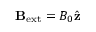
\mathbf { B } _ { \mathrm { e x t } } = B _ { 0 } \hat { \mathbf { z } }